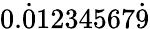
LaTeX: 0.{\dot{0}}1234567{\dot{9}}